Indian Medical Review
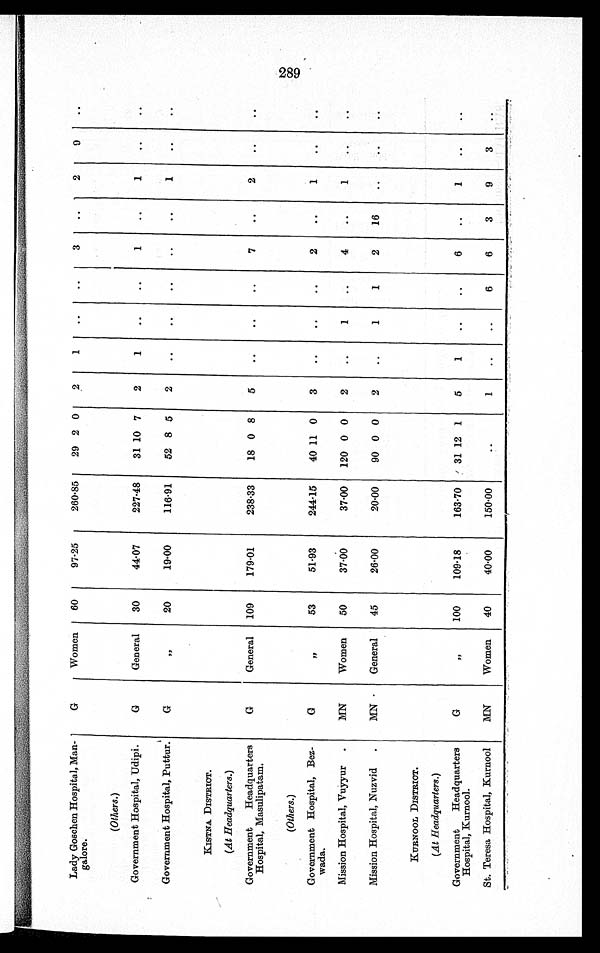
Lady Goschen Hospital, Man-
galore.
(Others.)
G
Women
60
97-25
260.85
29 2 0
2
1
..
..
3
. .
2
9
. .
Government Hospital, Udipi.
G
General
30
44.07
227.48
31 10 7
2
1
. .
. .
1
..
1
..
..
Government Hospital, Puttur.
G
" 20
19.00
116.91
52 8 5
2
..
..
..
..
..
1
..
. .
KISTNA DISTRICT.
(At Headquarters.)
Government Headquarters
Hospital, Masulipatam.
(Others.)
G
General
109
179.01
238.33
18 0 8
5
..
..
..
7
..
2
..
..
Government Hospital, Bez-
wada.
G
"
53
51.93
244.15
40 11 0
3
. . ..
..
2
..
1
. .
. .
Mission Hospital, Vuyyur.
MN
Women
50
37.00
37.00
120 0 0
2
..
1
..
4
..
1
..
..
Mission Hospital, Nuzvid.
MN
General
45
26.00
20.00
90 0 0
2
..
1
1
2
16
..
. .
. .
KURNOOL DISTRICT.
(At Headquarters.)
Government Headquarters
Hospital, Kurnool.
G
100
109.18
163.70
31 12 1
5
1
..
..
a 6
..
1
..
..
St. Teresa Hospital, Kurnool
MN
Women
40
40.00
150.00
..
1
. .
. . 6
a 6
3
9
3
..